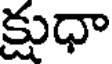
క్షుధా